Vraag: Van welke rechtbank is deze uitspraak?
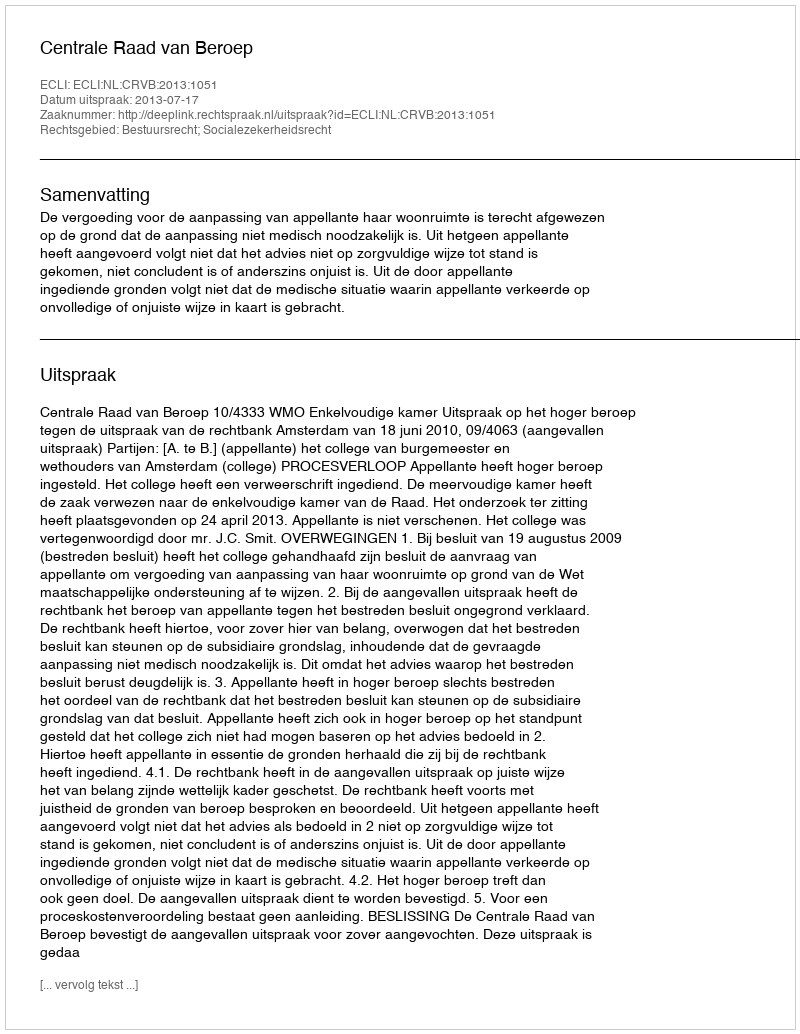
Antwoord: Centrale Raad van Beroep